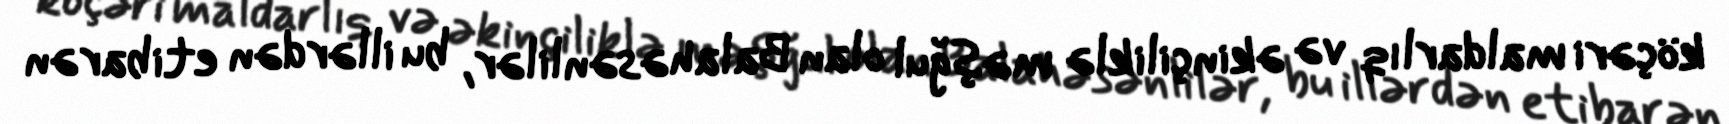
köçəri maldarlıq və əkinçiliklə məşğul olan Balahəsənlilər, bu illərdən etibarən